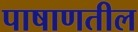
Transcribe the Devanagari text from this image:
पाषाणतील